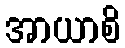
အာယာစိ